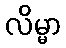
လိမ္မာ